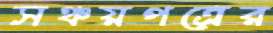
সঞ্চয়পত্রের